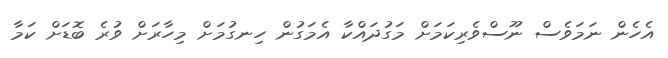
އެހެން ނަމަވެސް ނޫސްވެރިކަމަށް މަގުދައްކާ އެމަގުން ހިނގުމަށް މިހާރަށް ވުރެ ބޮޑަށް ކަމާ